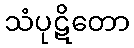
သံပုဋိတော